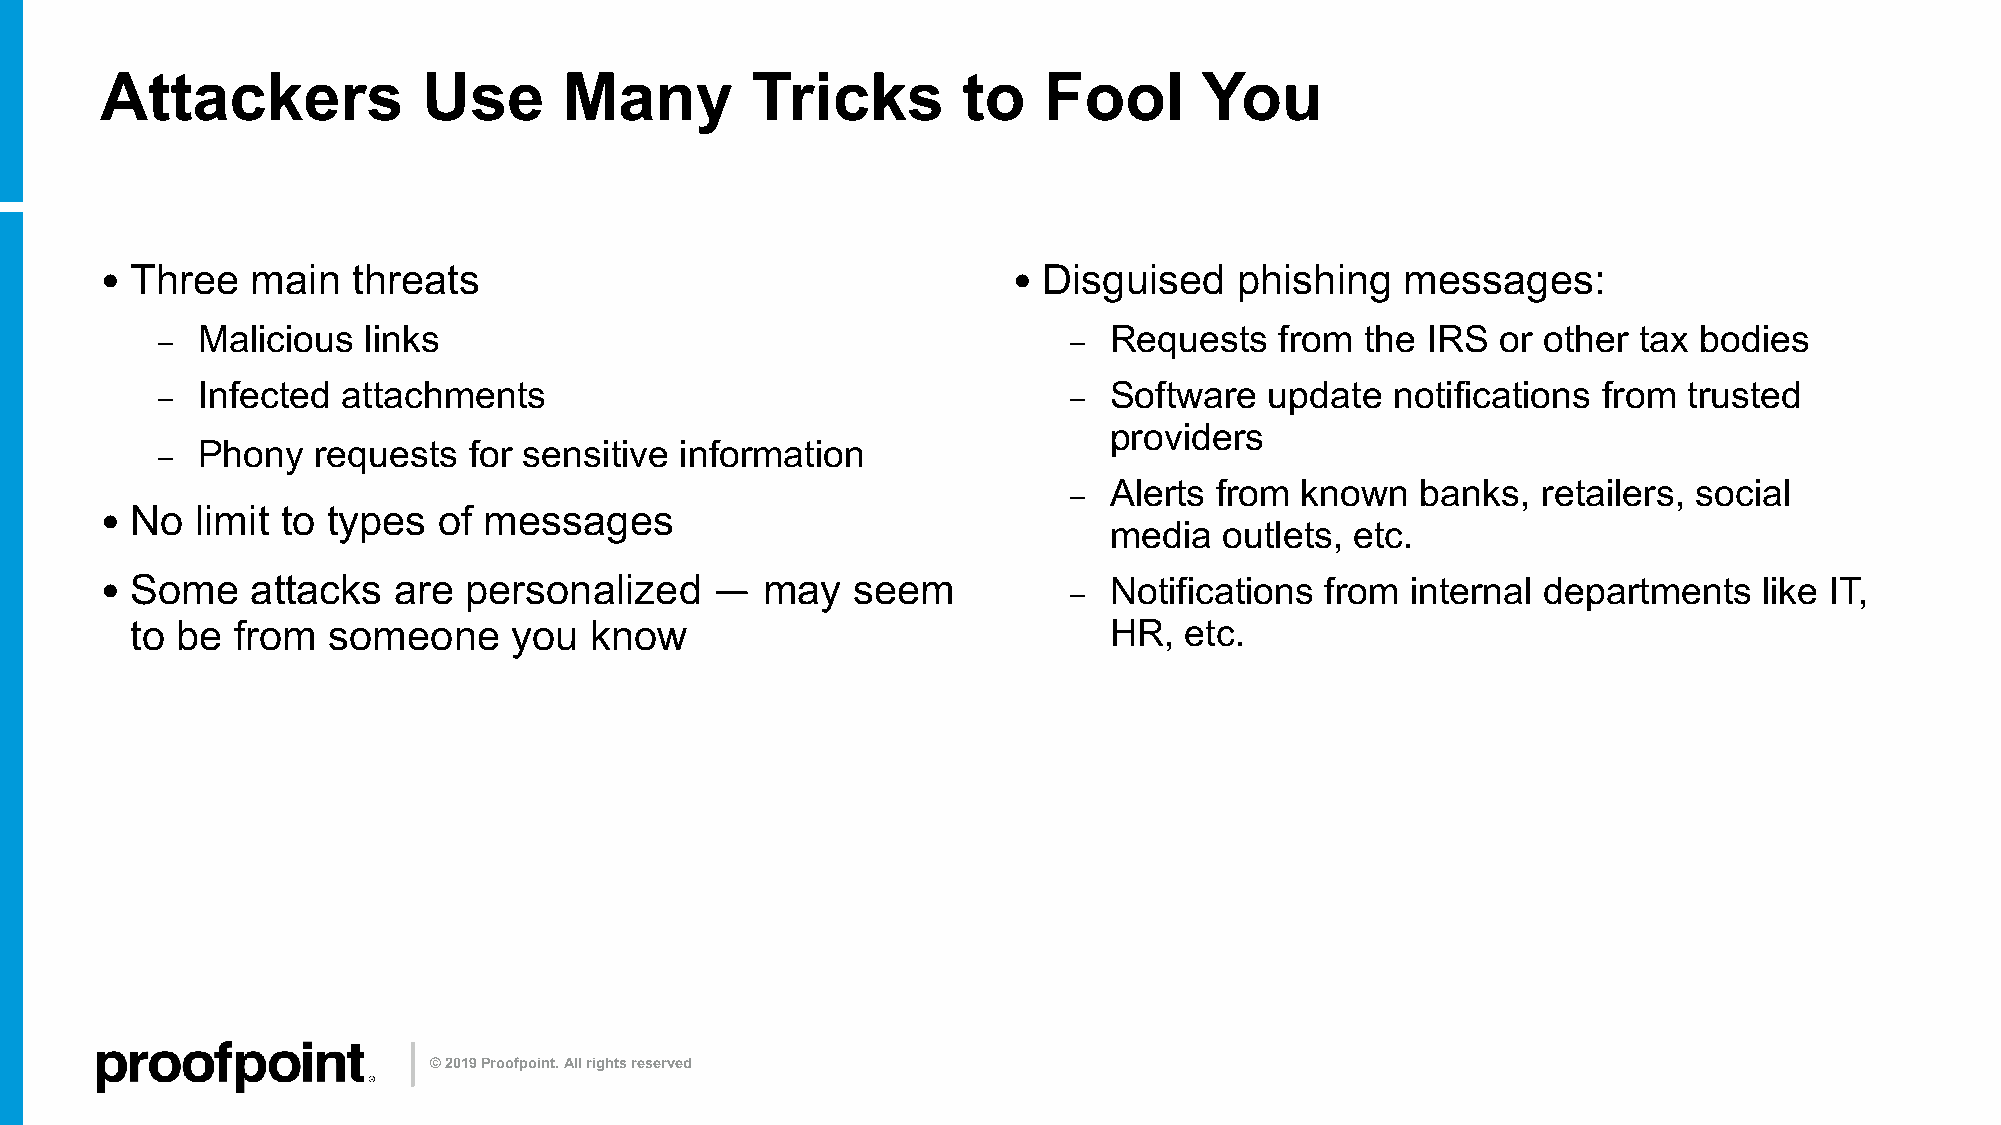
Attackers            Use      Many         Tricks        to   Fool       You
 • Three   main  threats                                     • Disguised    phishing   messages:
 Malicious  links                                            Requests    from the IRS  or other tax bodies
 –                                                            –
 Infected  attachments                                       Software   update  notifications from  trusted
 –                                                            –
 providers
 Phony   requests  for sensitive information
 –
 Alerts from  known   banks,  retailers, social
 –
 • No  limit to types  of messages
 media   outlets, etc.
 • Some    attacks  are  personalized    —  may   seem             Notifications  from internal departments    like IT,
 –
 to be from   someone     you  know                              HR,  etc.
 © 2019 Proofpoint. All rights reserved